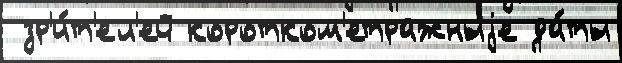
 зр'и́т'ел'ей коротком'етражныjе да́ты